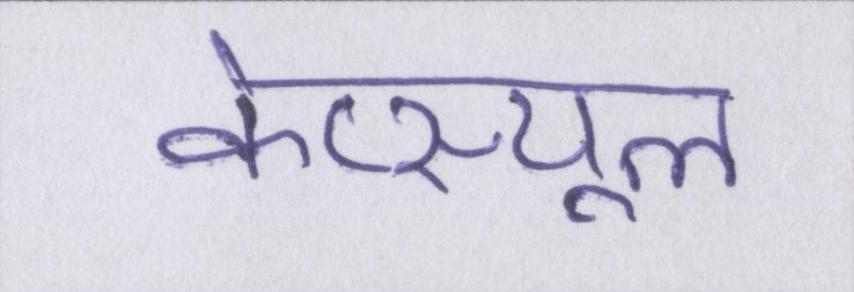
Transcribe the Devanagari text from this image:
केप्स्यूल